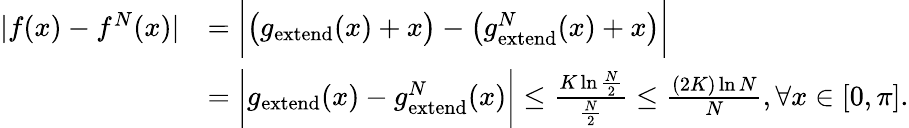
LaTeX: \begin{array}{rl}{|f(x)-f^{N}(x)|}&{=\bigg|\big(g_{\mathrm{extend}}(x)+x\big)-\big(g_{\mathrm{extend}}^{N}(x)+x\big)\bigg|}\\ &{=\bigg|g_{\mathrm{extend}}(x)-g_{\mathrm{extend}}^{N}(x)\bigg|\leq\frac{K\ln\frac{N}{2}}{{\frac{N}{2}}}\leq\frac{(2K)\ln N}{N},\forall x\in[0,\pi].}\end{array}